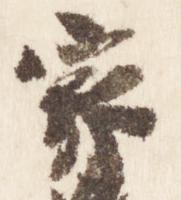
家